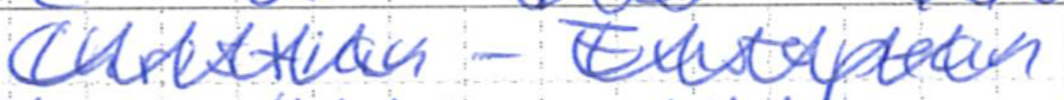
Text: Christian-European
Cross-out: zig-zag
Writing tool: ballpoint